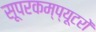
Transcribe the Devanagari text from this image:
सूपरकम्प्यूटरों